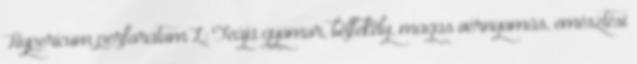
Hypericum perforatum L: Teája gyomor, bélfekély, magas vérnyomás, emésztési